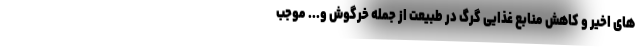
های اخیر و کاهش منابع غذایی گرگ در طبیعت از جمله خرگوش و... موجب